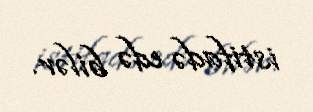
istifadə edə bilər.